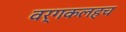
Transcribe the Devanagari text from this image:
वर्गकलहच